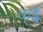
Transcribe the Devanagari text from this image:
क्ई